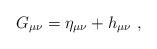
LaTeX: \begin{align*}G_{\mu\nu} = \eta_{\mu\nu} + h_{\mu\nu}\ ,\end{align*}